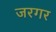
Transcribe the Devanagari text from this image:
जरगर